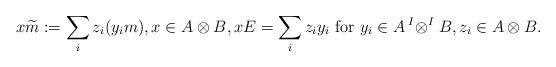
LaTeX: \begin{align*}x\widetilde{m} := \sum_i z_i(y_im),x\in A\otimes B,xE = \sum_i z_iy_i\textrm{ for }y_i \in A\,{}^I\!\otimes^IB, z_i \in A\otimes B.\end{align*}